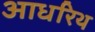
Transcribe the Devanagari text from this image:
आधरिथ